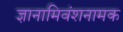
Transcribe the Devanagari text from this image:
ज्ञानामिवंशनामक